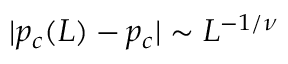
| p _ { c } ( L ) - p _ { c } | \sim L ^ { - 1 / \nu }